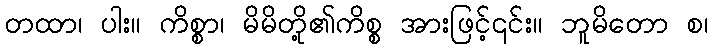
တထာ၊ ပါး။ ကိစ္စာ၊ မိမိတို့၏ကိစ္စ အားဖြင့်၎င်း။ ဘူမိတော စ၊